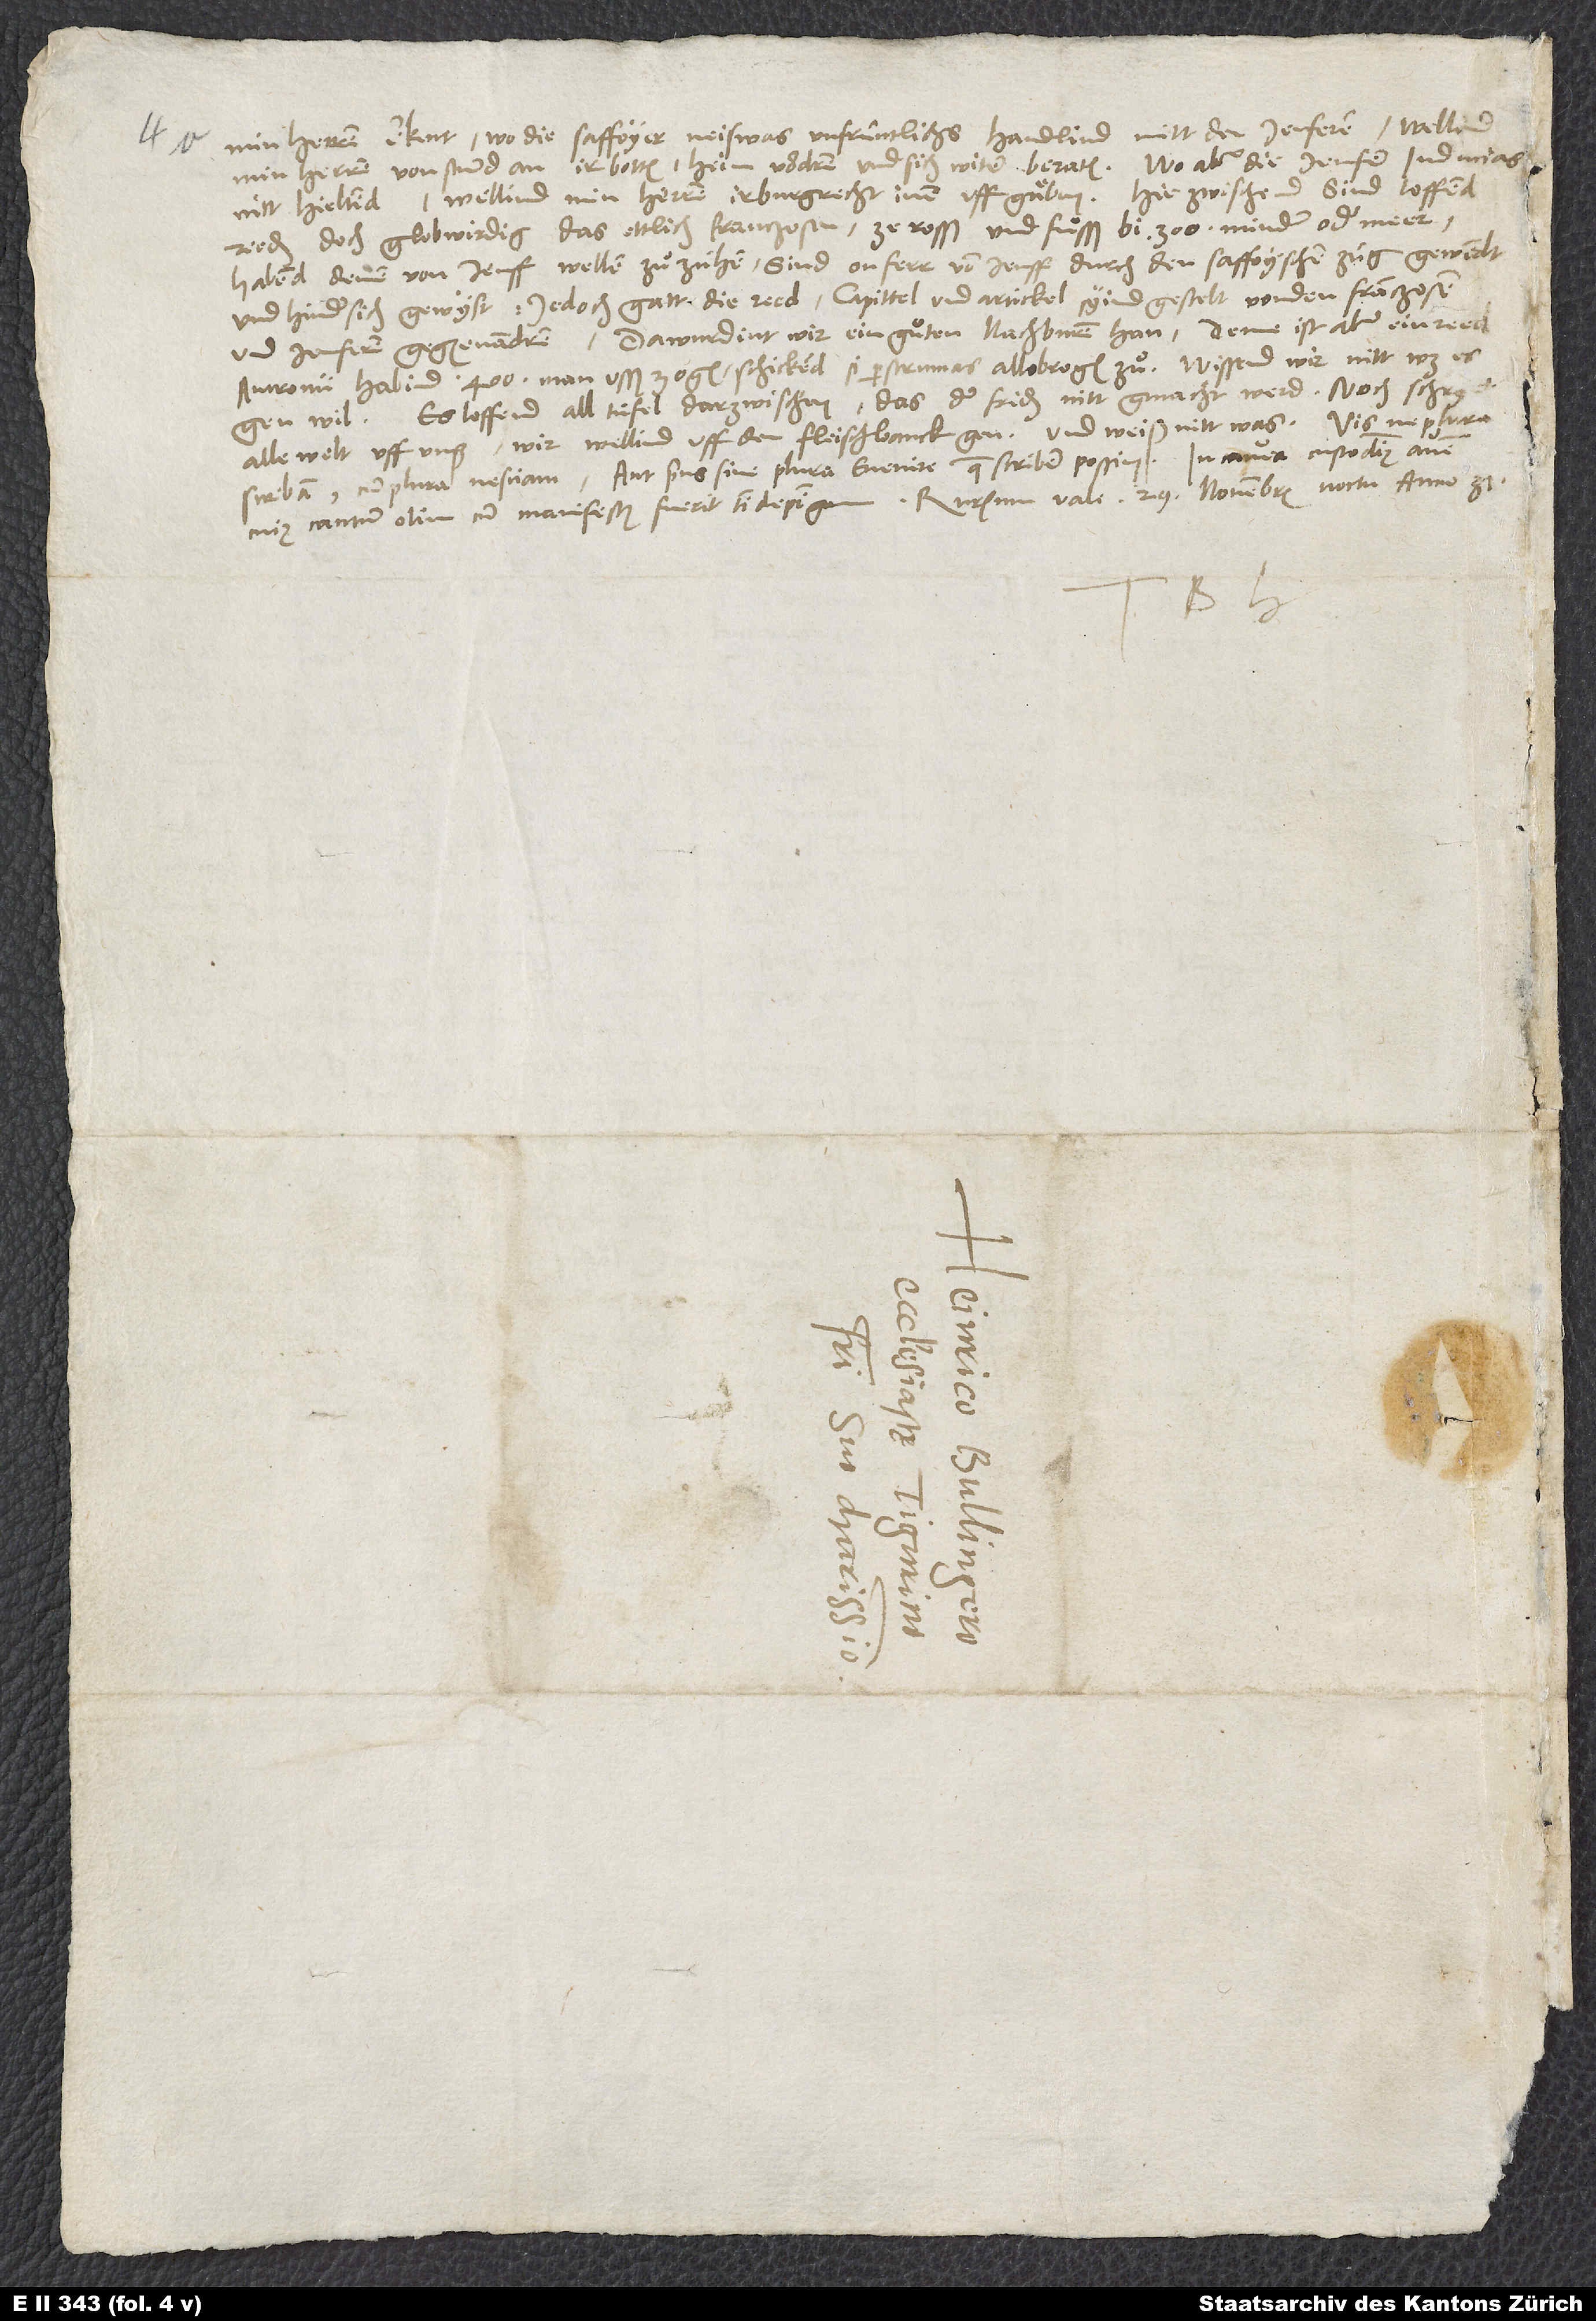
min herren erkent, wo die Saffoyer neiswas unfrüntlichs handlind mitt den Jenferen, wellind
min herren von stund an ir botten heim vordren und sich witer beraten, wo aber die Jenfer inducias
reden, doch globwirdig, das ettlich Franczosen ze rosß und fuͦsß, bi 300 minder oder meer,
habend denen von Jenff wellen zuͦ zühen, sind onferr von Jenff durch den saffoyschen zuͦg gewendt
und hindersich gewyst. Jedoch gatt die reed, capittel und artickel syind gestelt von den Franczosen
und Jenferen gegenenandren. Da wurdint wir ein guͦten nachburen han! Denne ist aber ein reed,
Antronii habind 400 man usß zogen, schickend si per strumas Allobrogis zu Wissend wir nitt, was es
gen will. Es loffend all tüfel darzwischen, das der friden nitt gmacht werd. Noch schryet
alle welt uff unß, wir wellind uff den fleischbanck gen und weiß nitt was.
scribam, cum plura nesciam? Aut prius sine plura evenire, quae scribere possim. In cavea custodimus avem,
B.
S.